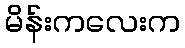
မိန်းကလေးက